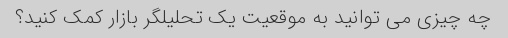
چه چیزی می توانید به موقعیت یک تحلیلگر بازار کمک کنید؟